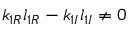
k _ { 1 R } l _ { 1 R } - k _ { 1 I } l _ { 1 I } \neq 0